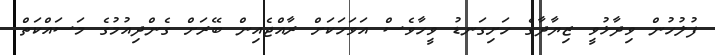
ފުލުހުން ވިދާޅުވީ ޒިޔާދާގެ ހަށިގަނޑު ވީހާވެސް އަވަހަކަށް ރާއްޖެއިން ބޭރަށް ގެންދިއުމުގެ މަސައްކަތް